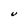
Character: U